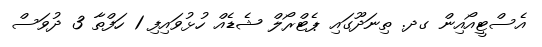
އެސްޓީއޯއިން ގދ. ތިނަދޫގައި ޕެޓްރޯލް ޝެޑެއް ހުޅުވައިފި 1 ހަފްތާ 3 ދުވަސް